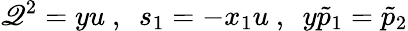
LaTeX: \mathscr{Q}^{2}=yu\ ,\ \ s_{1}=-x_{1}u\ ,\ \ y\tilde{{p}}_{1}=\tilde{{p}}_{2}